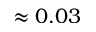
\approx 0 . 0 3